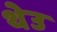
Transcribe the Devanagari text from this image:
थेउ